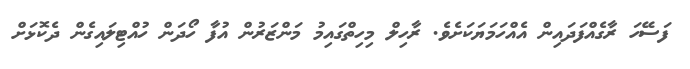
ފަސޭހަ ރާގެއްފަދައިން އެއްހަމަޔަކަށެވެ. ރާހިލް މިހިތްގައިމު މަންޒަރުން އުފާ ހޯދަން ހުއްޓިލައިގެން ދެކޮޅަށް